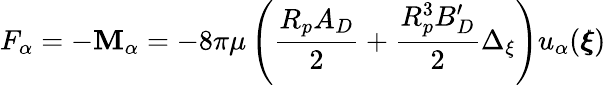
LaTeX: F_{\alpha}=-\mathbf{M}_{\alpha}=-8\pi\mu\left(\frac{{R_{p}A_{D}}}{{2}}+\frac{{R_{p}^{3}B_{D}^{\prime}}}{{2}}\Delta_{\xi}\right)u_{\alpha}({\pmb\xi})